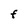
Character: F